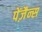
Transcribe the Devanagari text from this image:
पेंज़ैन्स